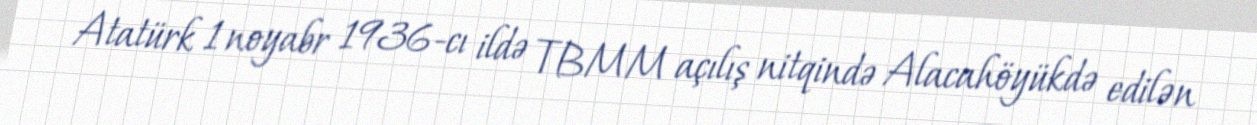
Atatürk 1 noyabr 1936-cı ildə TBMM açılış nitqində Alacahöyükdə edilən